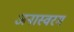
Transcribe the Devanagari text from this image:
अनास्वरम